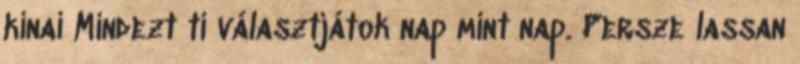
kínai Mindezt ti választjátok nap mint nap. Persze lassan